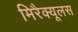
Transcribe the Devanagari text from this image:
मिरैक्यूलस